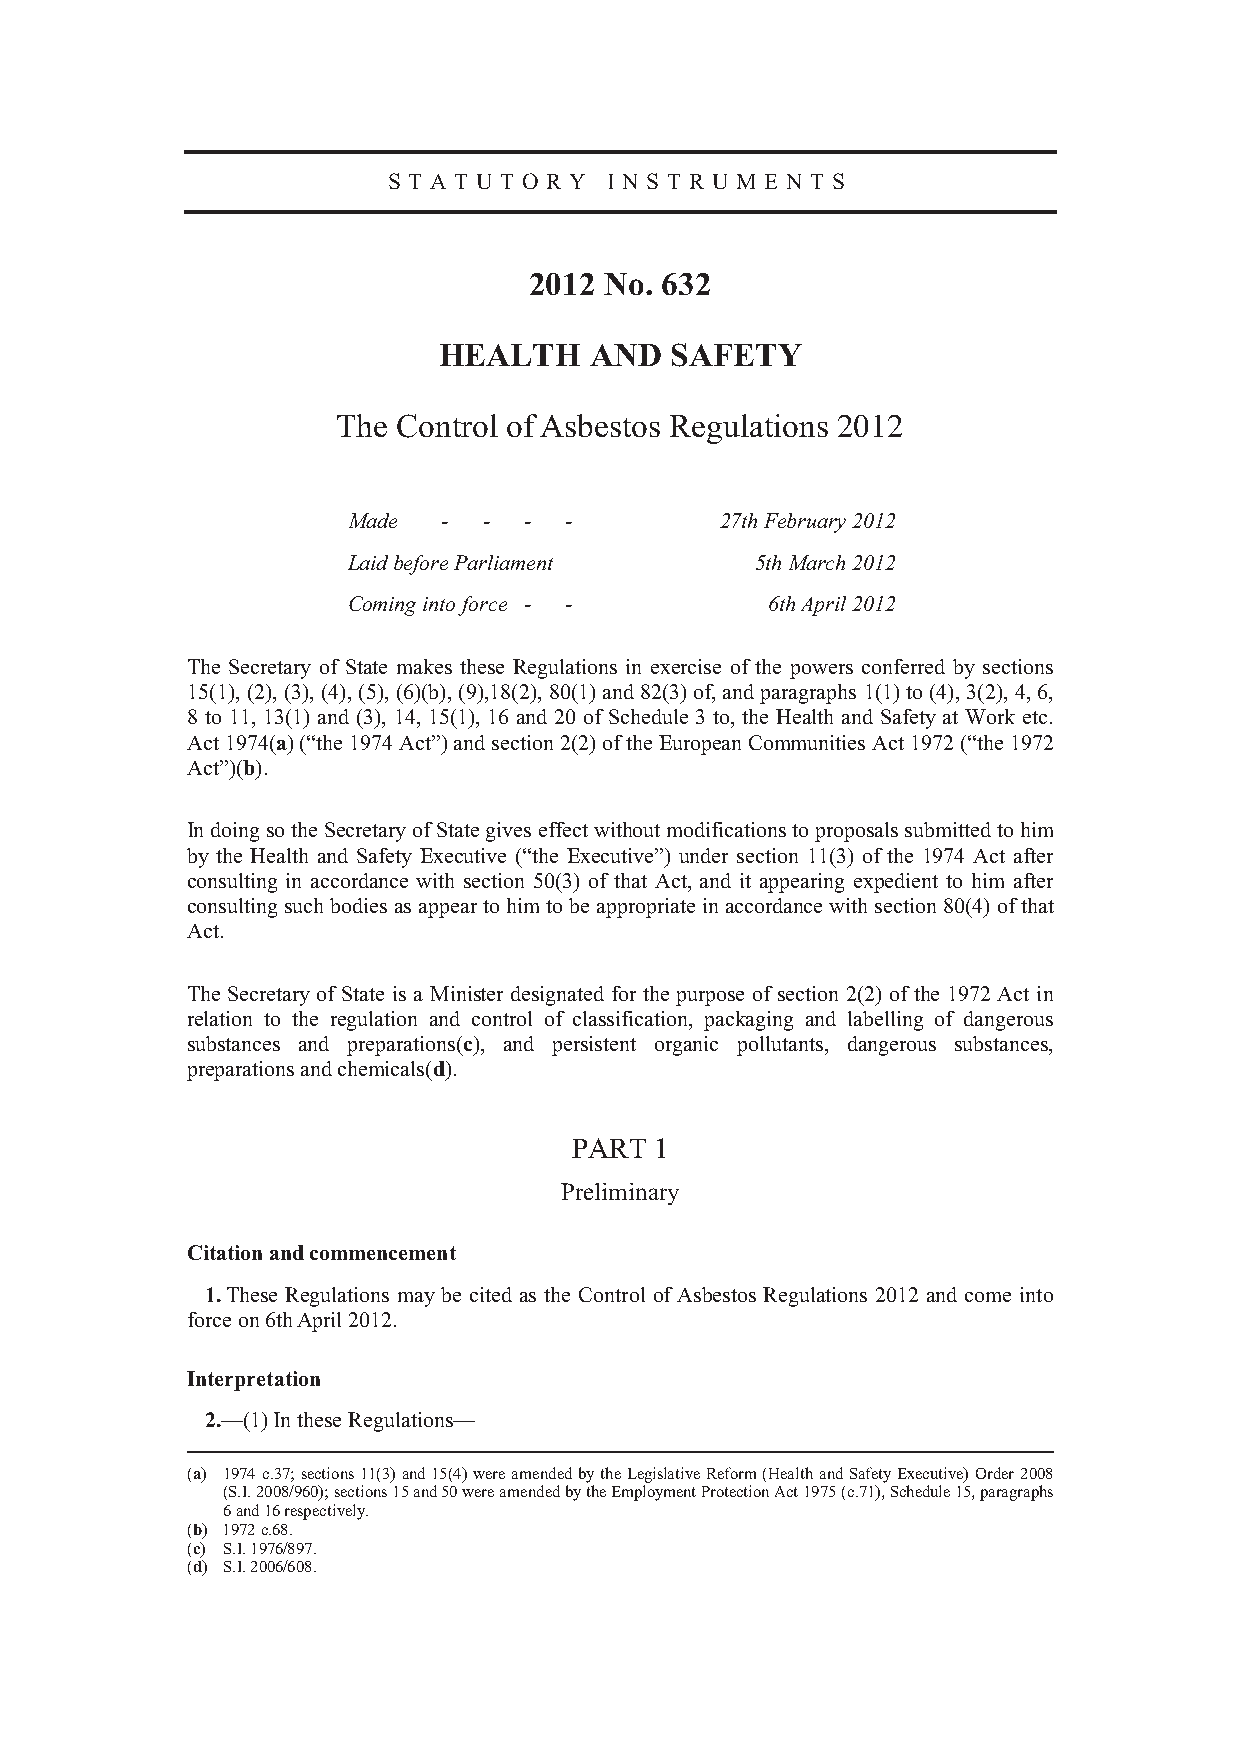
S T A T U T O R Y I N S T R U M E N T S
 2012 No. 632
 HEALTH    AND  SAFETY
 The Control of Asbestos Regulations 2012
 Made  -  -  - -          27th February 2012
 Laid before Parliament     5th March 2012
 Coming into force - -       6th April 2012
 The Secretary of State makes these Regulations in exercise of the powers conferred by sections
 15(1), (2), (3), (4), (5), (6)(b), (9),18(2), 80(1) and 82(3) of, and paragraphs 1(1) to (4), 3(2), 4, 6,
 8 to 11, 13(1) and (3), 14, 15(1), 16 and 20 of Schedule 3 to, the Health and Safety at Work etc.
 Act 1974(a) (“the 1974 Act”) and section 2(2) of the European Communities Act 1972 (“the 1972
 Act”)(b).
 In doing so the Secretary of State gives effect without modifications to proposals submitted to him
 by the Health and Safety Executive (“the Executive”) under section 11(3) of the 1974 Act after
 consulting in accordance with section 50(3) of that Act, and it appearing expedient to him after
 consulting such bodies as appear to him to be appropriate in accordance with section 80(4) of that
 Act.
 The Secretary of State is a Minister designated for the purpose of section 2(2) of the 1972 Act in
 relation to the regulation and control of classification, packaging and labelling of dangerous
 substances and preparations(c), and persistent organic pollutants, dangerous substances,
 preparations and chemicals(d).
 PART 1
 Preliminary
 Citation and commencement
 1. These Regulations may be cited as the Control of Asbestos Regulations 2012 and come into
 force on 6th April 2012.
 Interpretation
 2.—(1) In these Regulations—
 (a) 1974 c.37; sections 11(3) and 15(4) were amended by the Legislative Reform (Health and Safety Executive) Order 2008
 (S.I. 2008/960); sections 15 and 50 were amended by the Employment Protection Act 1975 (c.71), Schedule 15, paragraphs
 6 and 16 respectively.
 (b) 1972 c.68.
 (c) S.I. 1976/897.
 (d) S.I. 2006/608.